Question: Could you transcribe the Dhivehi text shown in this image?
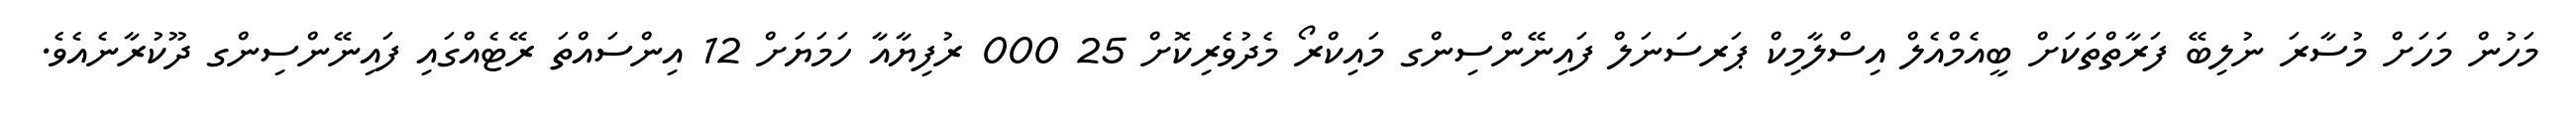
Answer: މަހުން މަހަށް މުސާރަ ނުލިބޭ ފަރާތްތަކަށް ބީއެމްއެލް އިސްލާމިކް ޕަރސަނަލް ފައިނޭންސިންގ މައިކްރޯ މެދުވެރިކޮށް 25 000 ރުފިޔާއާ ހަމަޔަށް 12 އިންސައްތަ ރޭޓެއްގައި ފައިނޭންސިންގ ދޫކުރާނެއެވެ.